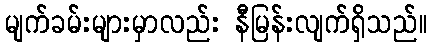
မျက်ခမ်းများမှာလည်း နီမြန်းလျက်ရှိသည်။